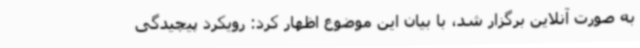
به صورت آنلاین برگزار شد، با بیان این موضوع اظهار کرد: رویکرد پیچیدگی